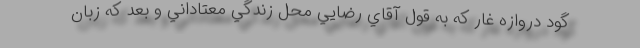
گود دروازه غار كه به قول آقاي رضايي محل زندگي معتاداني و بعد كه زبان